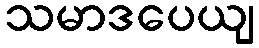
သမာဒပေယျ